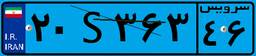
۲۰S۳۶۳۴۶